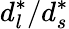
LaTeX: d_{l}^{*}/d_{s}^{*}